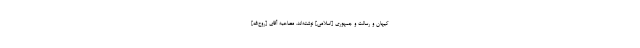
كیهان و رسالت و جمهورى [اسلامی] نوشته‌اند. مصاحبه آقاى [روح‌الله]